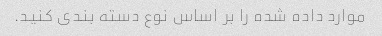
موارد داده شده را بر اساس نوع دسته بندی کنید.